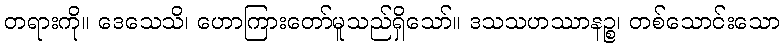
တရားကို။ ဒေသေသိ၊ ဟောကြားတော်မူသည်ရှိသော်။ ဒသသဟဿာနဉ္စ၊ တစ်သောင်းသော